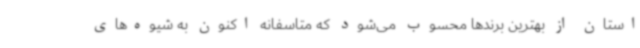
استان از بهترین برندها محسوب می‌شود که متاسفانه اکنون به شیوه‌های